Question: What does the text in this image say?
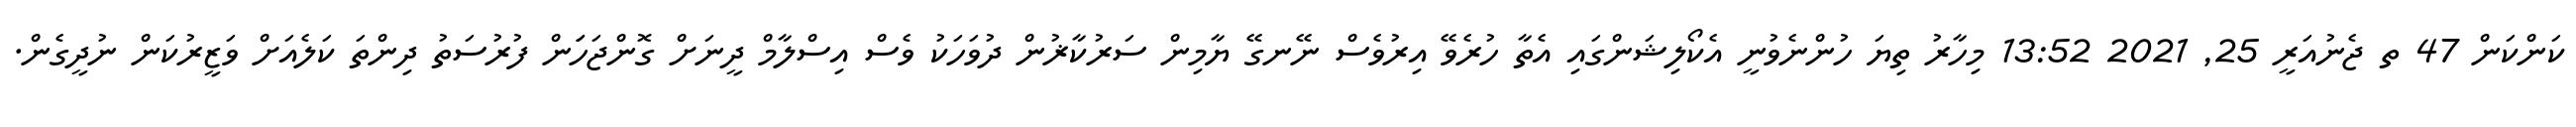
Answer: ކަންކަން 47 ތ ޖެނުއަރީ 25, 2021 13:52 މިހާރު ތިޔަ ހުންނެވުނީ އެކޯލިޝަންގައި އެތާ ހުރެވޭ އިރުވެސް ނޭނގޭ ޔާމިން ސަރުކާޜުން ދުވަހަކު ވެސް އިސްލާމް ދީނަށް ގޮންޖަހަަން ފުރުސަތު ދިންތަ ކަލެއަށް ވަޒީރުކަން ނުދީގެން.